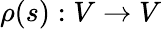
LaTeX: \rho(s):V\to V